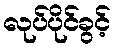
လုပ်ပိုင်ခွင့်